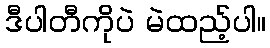
ဒီပါတီကိုပဲ မဲထည့်ပါ။